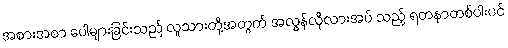
အစားအစာ ပေါများခြင်းသည် လူသားတို့အတွက် အလွန်လိုလားအပ် သည့် ရတနာတစ်ပါးပင်